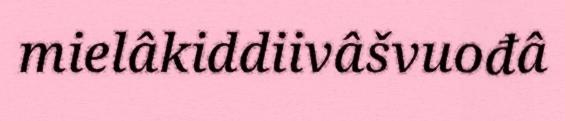
mielâkiddiivâšvuođâ